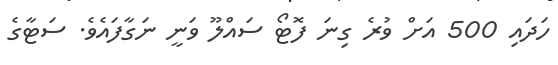
ހަދައި 500 އަށް ވުރެ ގިނަ ފޮޓޯ ސައްލޫ ވަނީ ނަގާފައެވެ. ސަޓާގެ